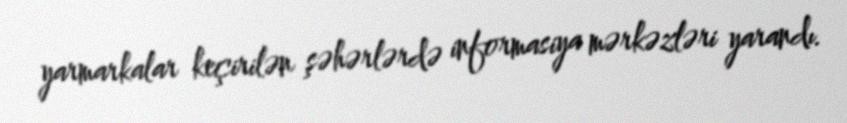
yarmarkalar keçirilən şəhərlərdə informasiya mərkəzləri yarandı.